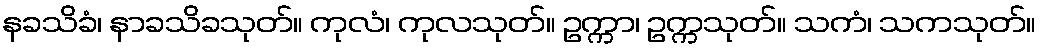
နခသိခံ၊ နာခသိခသုတ်။ ကုလံ၊ ကုလသုတ်။ ဥက္ကာ၊ ဥက္ကသုတ်။ သကံ၊ သကသုတ်။